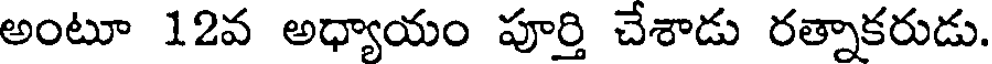
అంటూ 12వ అధ్యాయం పూర్తి చేశాడు రత్నాకరుడు.